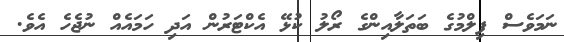
ނަމަވެސް ފިލްމުގެ ބަތަލާއިންގެ ރޯލު ކުޅޭ އެކްޓަރުން އަދި ހަމައެއް ނުޖެހެ އެވެ.